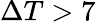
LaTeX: \Delta T>7